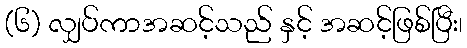
(၆) လျှပ်ကာအဆင့်သည် နှင့် အဆင့်ဖြစ်ပြီး၊